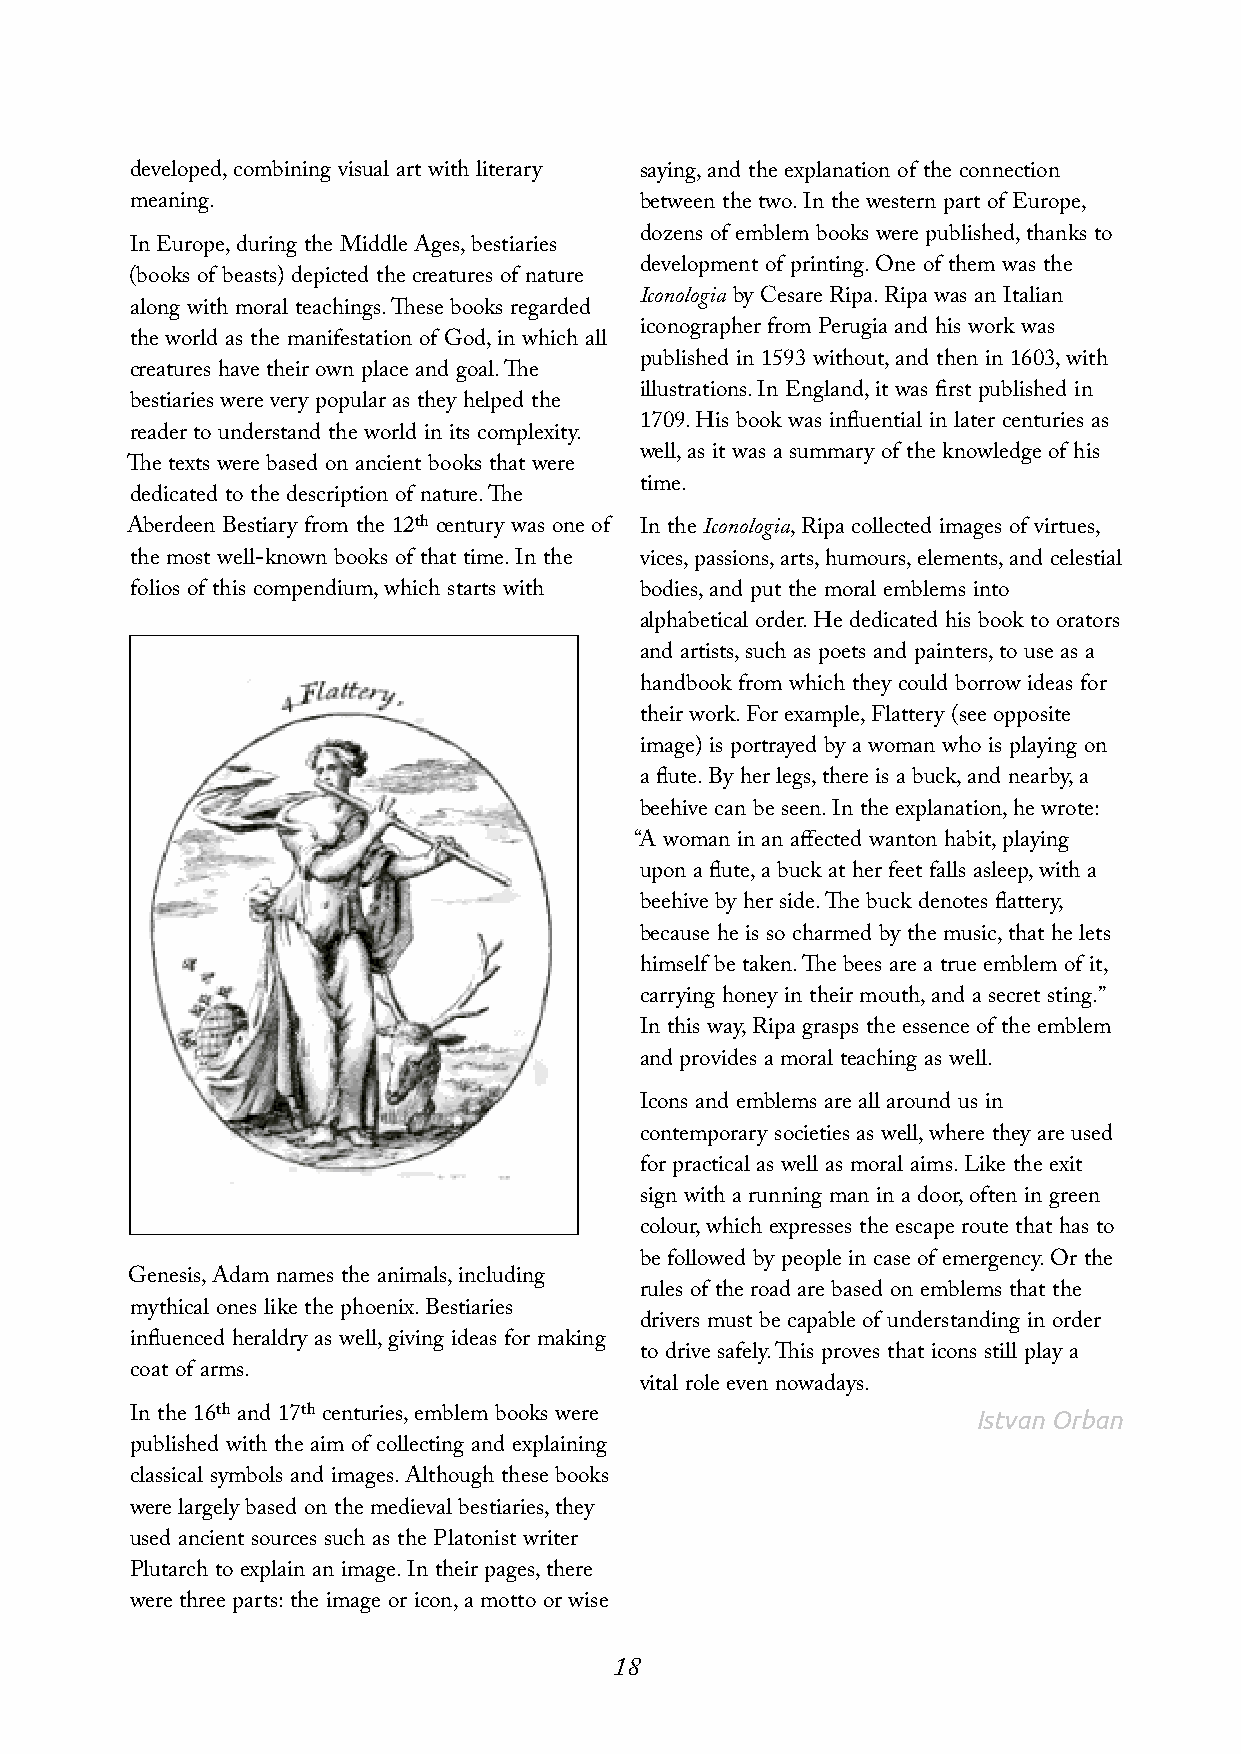
developed,combining visual art with literary saying,and the explanation of the connection
 meaning.                         between the two.In the western part of Europe,
 dozens of emblem books were published,thanks to
 In Europe,during the Middle Ages,bestiaries
 development of printing.One of them was the
 (books of beasts) depicted the creatures of nature
 Iconologia by Cesare Ripa.Ripa was an Italian
 along with moral teachings.These books regarded
 iconographer from Perugia and his work was
 the world as the manifestation of God,in which all
 published in 1593 without,and then in 1603,with
 creatures have their own place and goal.The
 illustrations.In England,it was first published in
 bestiaries were very popular as they helped the
 1709.His book was influential in later centuries as
 reader to understand the world in its complexity.
 well,as it was a summary of the knowledge of his
 The texts were based on ancient books that were
 time.
 dedicated to the description of nature.The
 Aberdeen Bestiary from the 12th century was one of In the Iconologia,Ripa collected images of virtues,
 the most well-known books of that time.In the vices,passions,arts,humours,elements,and celestial
 folios of this compendium,which starts with bodies,and put the moral emblems into
 alphabetical order.He dedicated his book to orators
 and artists,such as poets and painters,to use as a
 handbook from which they could borrow ideas for
 their work.For example,Flattery (see opposite
 image) is portrayed by a woman who is playing on
 a flute.By her legs,there is a buck,and nearby,a
 beehive can be seen.In the explanation,he wrote:
 “A woman in an affected wanton habit,playing
 upon a flute,a buck at her feet falls asleep,with a
 beehive by her side.The buck denotes flattery,
 because he is so charmed by the music,that he lets
 himself be taken.The bees are a true emblem of it,
 carrying honey in their mouth,and a secret sting.”
 In this way,Ripa grasps the essence of the emblem
 and provides a moral teaching as well.
 Icons and emblems are all around us in
 contemporary societies as well,where they are used
 for practical as well as moral aims.Like the exit
 sign with a running man in a door,often in green
 colour,which expresses the escape route that has to
 be followed by people in case of emergency.Or the
 Genesis,Adam names the animals,including
 rules of the road are based on emblems that the
 mythical ones like the phoenix.Bestiaries
 drivers must be capable of understanding in order
 influenced heraldry as well,giving ideas for making
 to drive safely.This proves that icons still play a
 coat of arms.
 vital role even nowadays.
 In the 16th and 17th centuries,emblem books were        IstvanOrban
 published with the aim of collecting and explaining
 classical symbols and images.Although these books
 were largely based on the medieval bestiaries,they
 used ancient sources such as the Platonist writer
 Plutarch to explain an image.In their pages,there
 were three parts:the image or icon,a motto or wise
 18